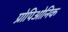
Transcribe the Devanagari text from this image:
प्रोपिओनिक